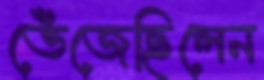
ভেঁজেছিলেন